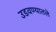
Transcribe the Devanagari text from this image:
उडवण्यातले